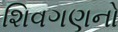
શિવગણનો